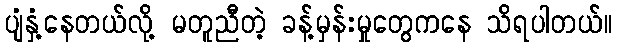
ပျံနှံ့နေတယ်လို့ မတူညီတဲ့ ခန့်မှန်းမှုတွေကနေ သိရပါတယ်။